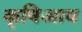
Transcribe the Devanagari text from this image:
कृषिआय